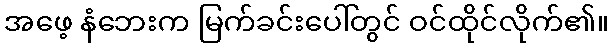
အဖေ့ နံဘေးက မြက်ခင်းပေါ်တွင် ဝင်ထိုင်လိုက်၏။